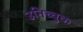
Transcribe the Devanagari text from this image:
उनिच्चुक